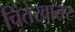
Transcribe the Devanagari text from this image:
चिंतेखातर